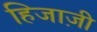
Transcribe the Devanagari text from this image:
हिजाज़ी